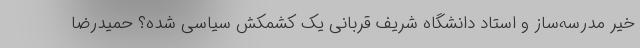
خیّر مدرسه‌ساز و استاد دانشگاه شریف قربانی یک کشمکش سیاسی شده؟ حمیدرضا